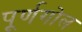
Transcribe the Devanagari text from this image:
पूर्णगोल